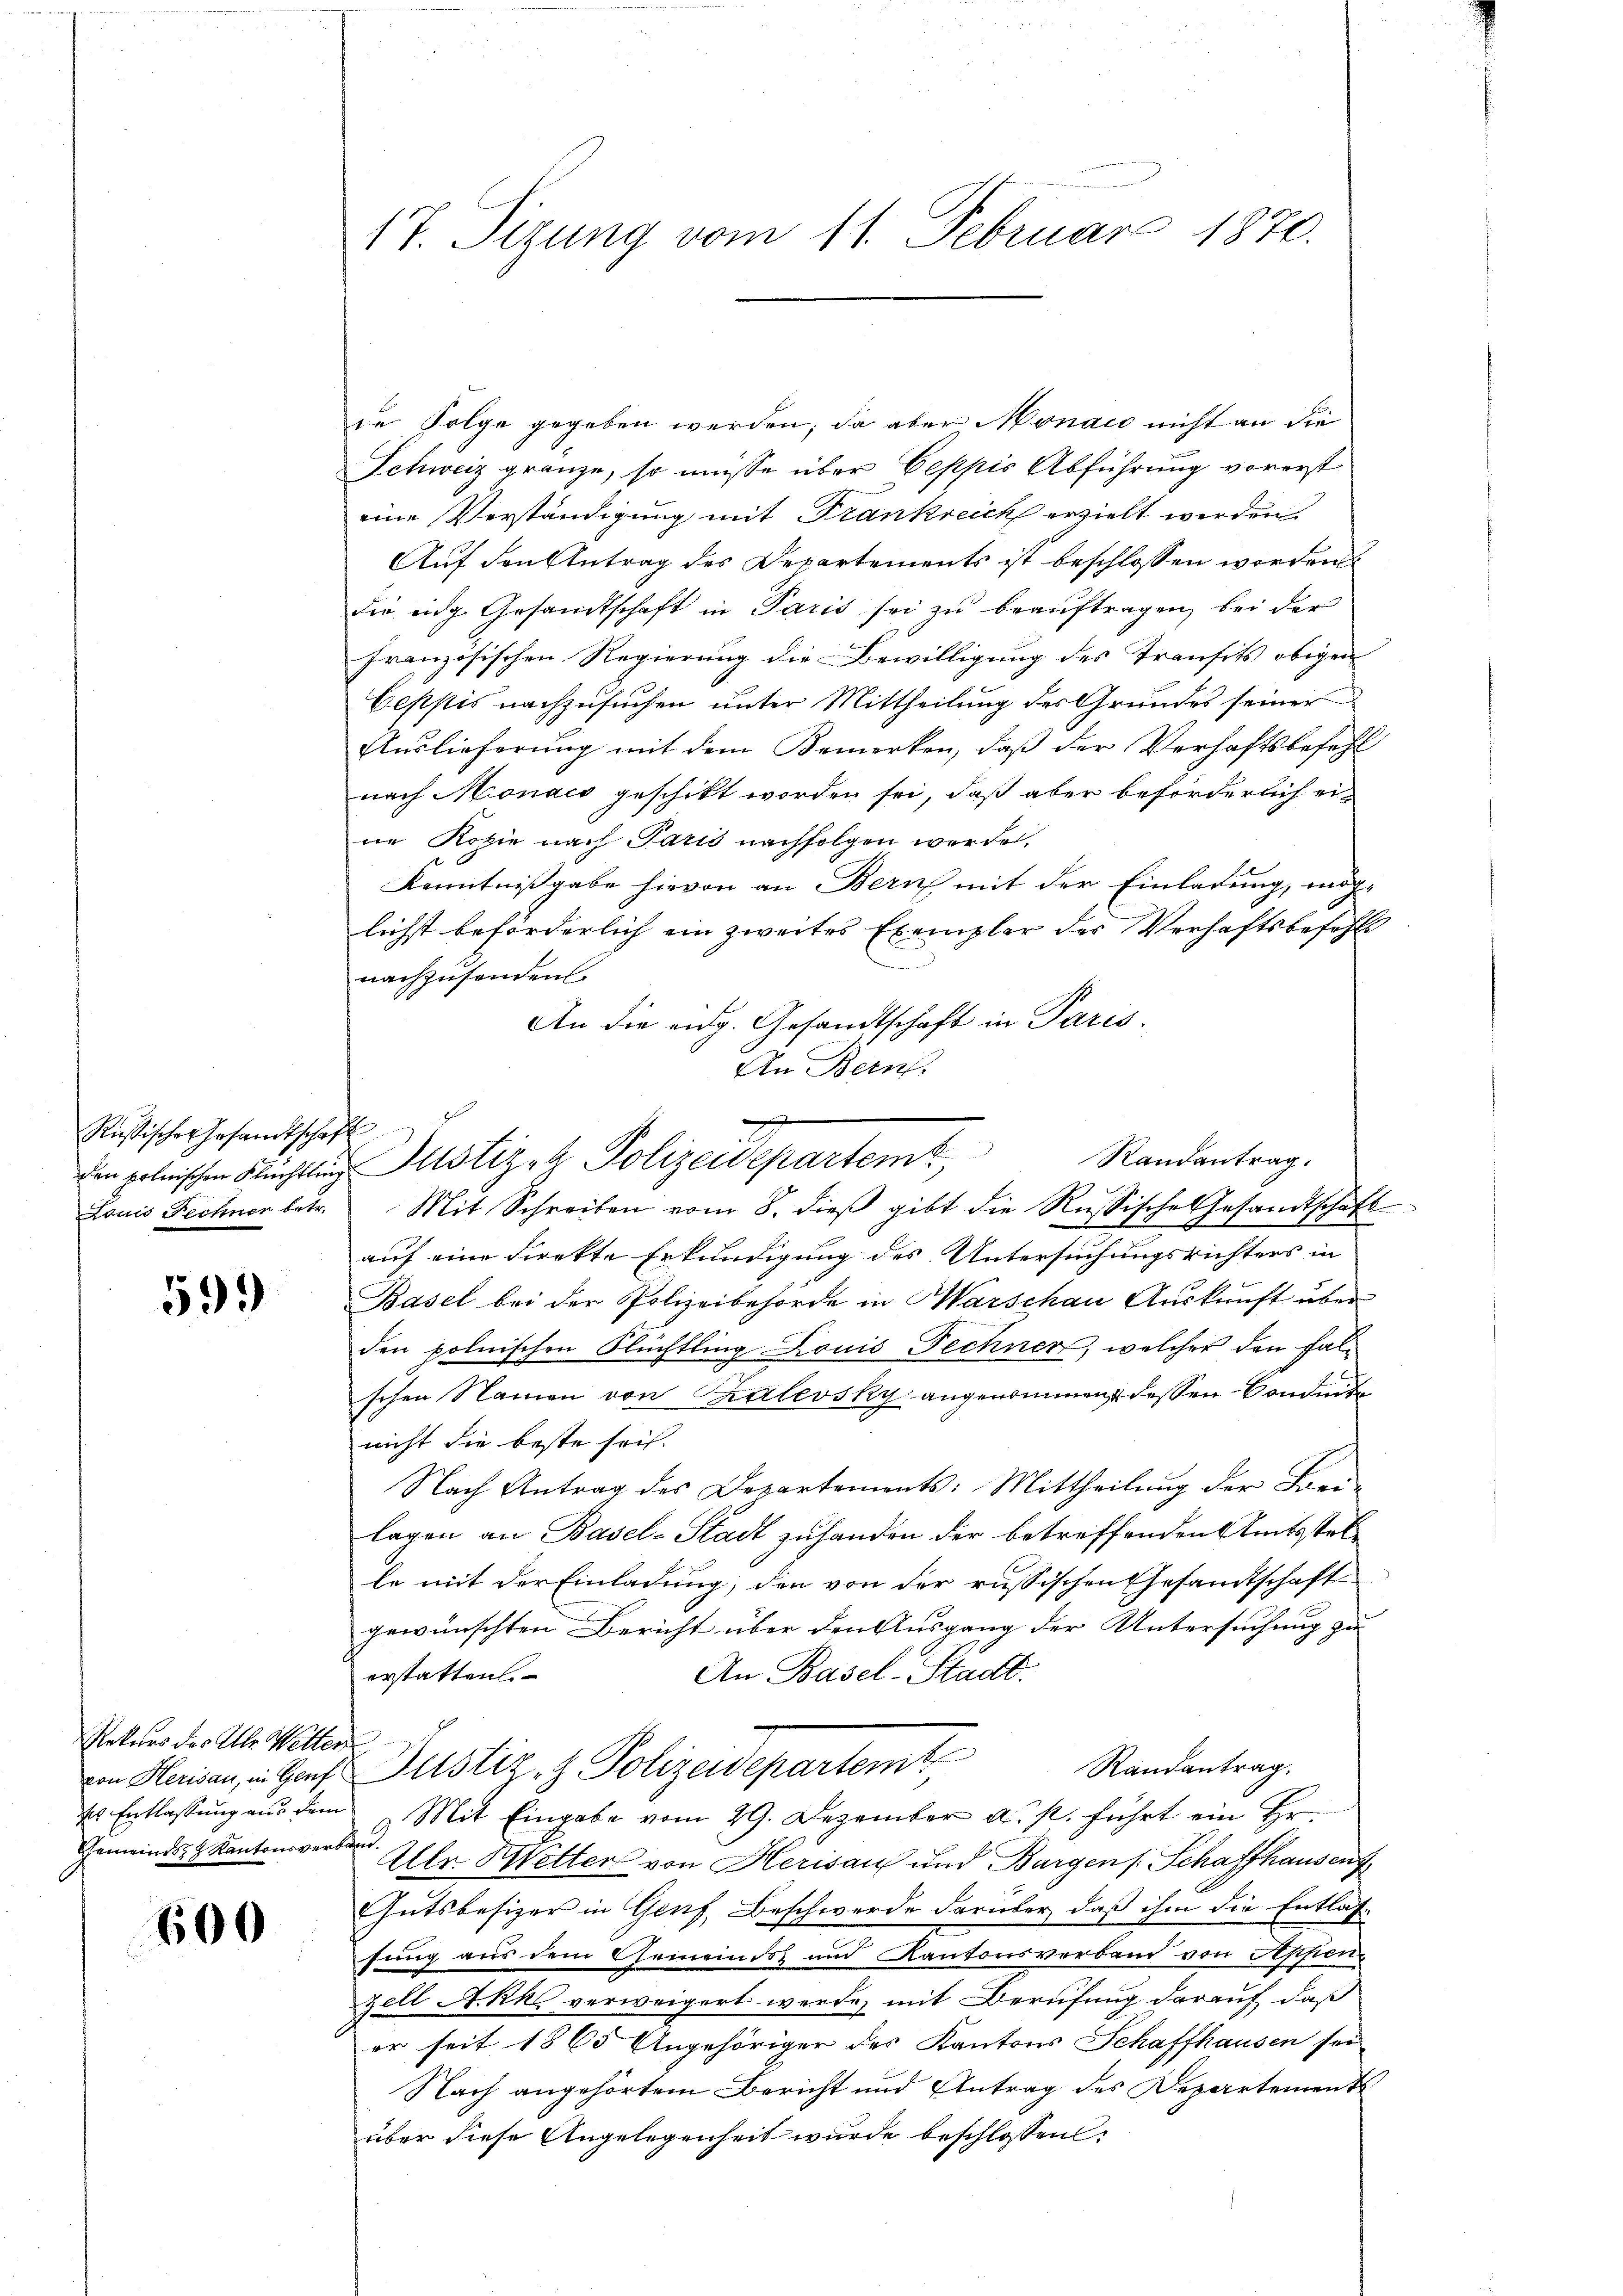
Rußisches Gesandtschaft

599)

Rekurs der Alle Wetter
Gemeinds Kantonsverband.

600

17. Sizung vom 11. Februar 1870.

de Folge gegeben werden; da aber Monate nicht an die
Schweiz gränze, so müsse über Oeppis Abführung vorerst
eine Verständigung mit Frankreich erzielt werden.
Auf den Antrag des Departements ist beschlossen worden
die eidg. Gesandtschaft in Paris sei zu beauftragen, bei der
französischen Regierung die Bewilligung des Transits obigen
bepsis nachzusuchen unter Mittheilung des Grundes seiner
Auslieferung mit dem Bemerken, daß der Verhaftsbefehl
nach Monats geschikt worden sei, daß aber beförderlich ei-
ne Kopie nach Paris nachfolgen werden.
Kenntnißgabe hievon an Bern mit der Einladung, möchlichst beförderlich ein zweites Exempler des Verhaftsbefehls
nachzusenden
An die eidg. Gesandtschaft in Paris.
An Bern,
Louis Fechner betr. Mit Schreiben vom 8. dieβ gibt die Russische Gesandtschaft
auf eine direkte Erkundigung des Untersuchungsrichters in
Basel bei der Polizeibehörde in Marschau Auskunft über
den polnischen Nüchtling Louis Fechner, welcher den Falschen Namen von Kalevsky angenommen dessen Conduite
nicht die beste sei.
Nach Antrag des Departements: Mittheilung der Freilagen an Basel-Stadt zu handen der betreffenden Amtsstelle mit der Einladung, den von der russischen Ehesandtschaft
gewünschten Bericht über den Ausgang der Untersuchung zu
An Basel-Stadt.
erstatten.
Randantrag.
in Kaisen, in Hof Justiz- & Polizeidepartemt
der Entlassŭng aŭs dem Mit Eingabe vom 29. Dezember a. p. führt ein Hr.
Alle Wetter von Herisau und Bargen /: Schaffhausen
Gutsbesizer in Genf, Beschwerde darüber, daß ihm die Entlas-
fung aus dem Gemeinds- und Kantonsverband von Appen-
zell A.Rks verweigert werde, mit Berufung darauf, daß
er seit 1865 Angehöriger des Kantons Schaffhausen sei
Nach angehörtem Bericht und Antrag des Departement
über diese Angelegenheit wurde beschlossen:

x
den polnischen Flüchtling Justizza Polizeidepartem Randantrag.